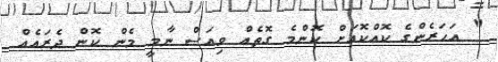
" އަހަރެންގެ ކޮއްކޮއަށް ކޮންމެ ގޮތެއް ވިއަސް ނާމީ މެން ކޮން ދެރައެއް